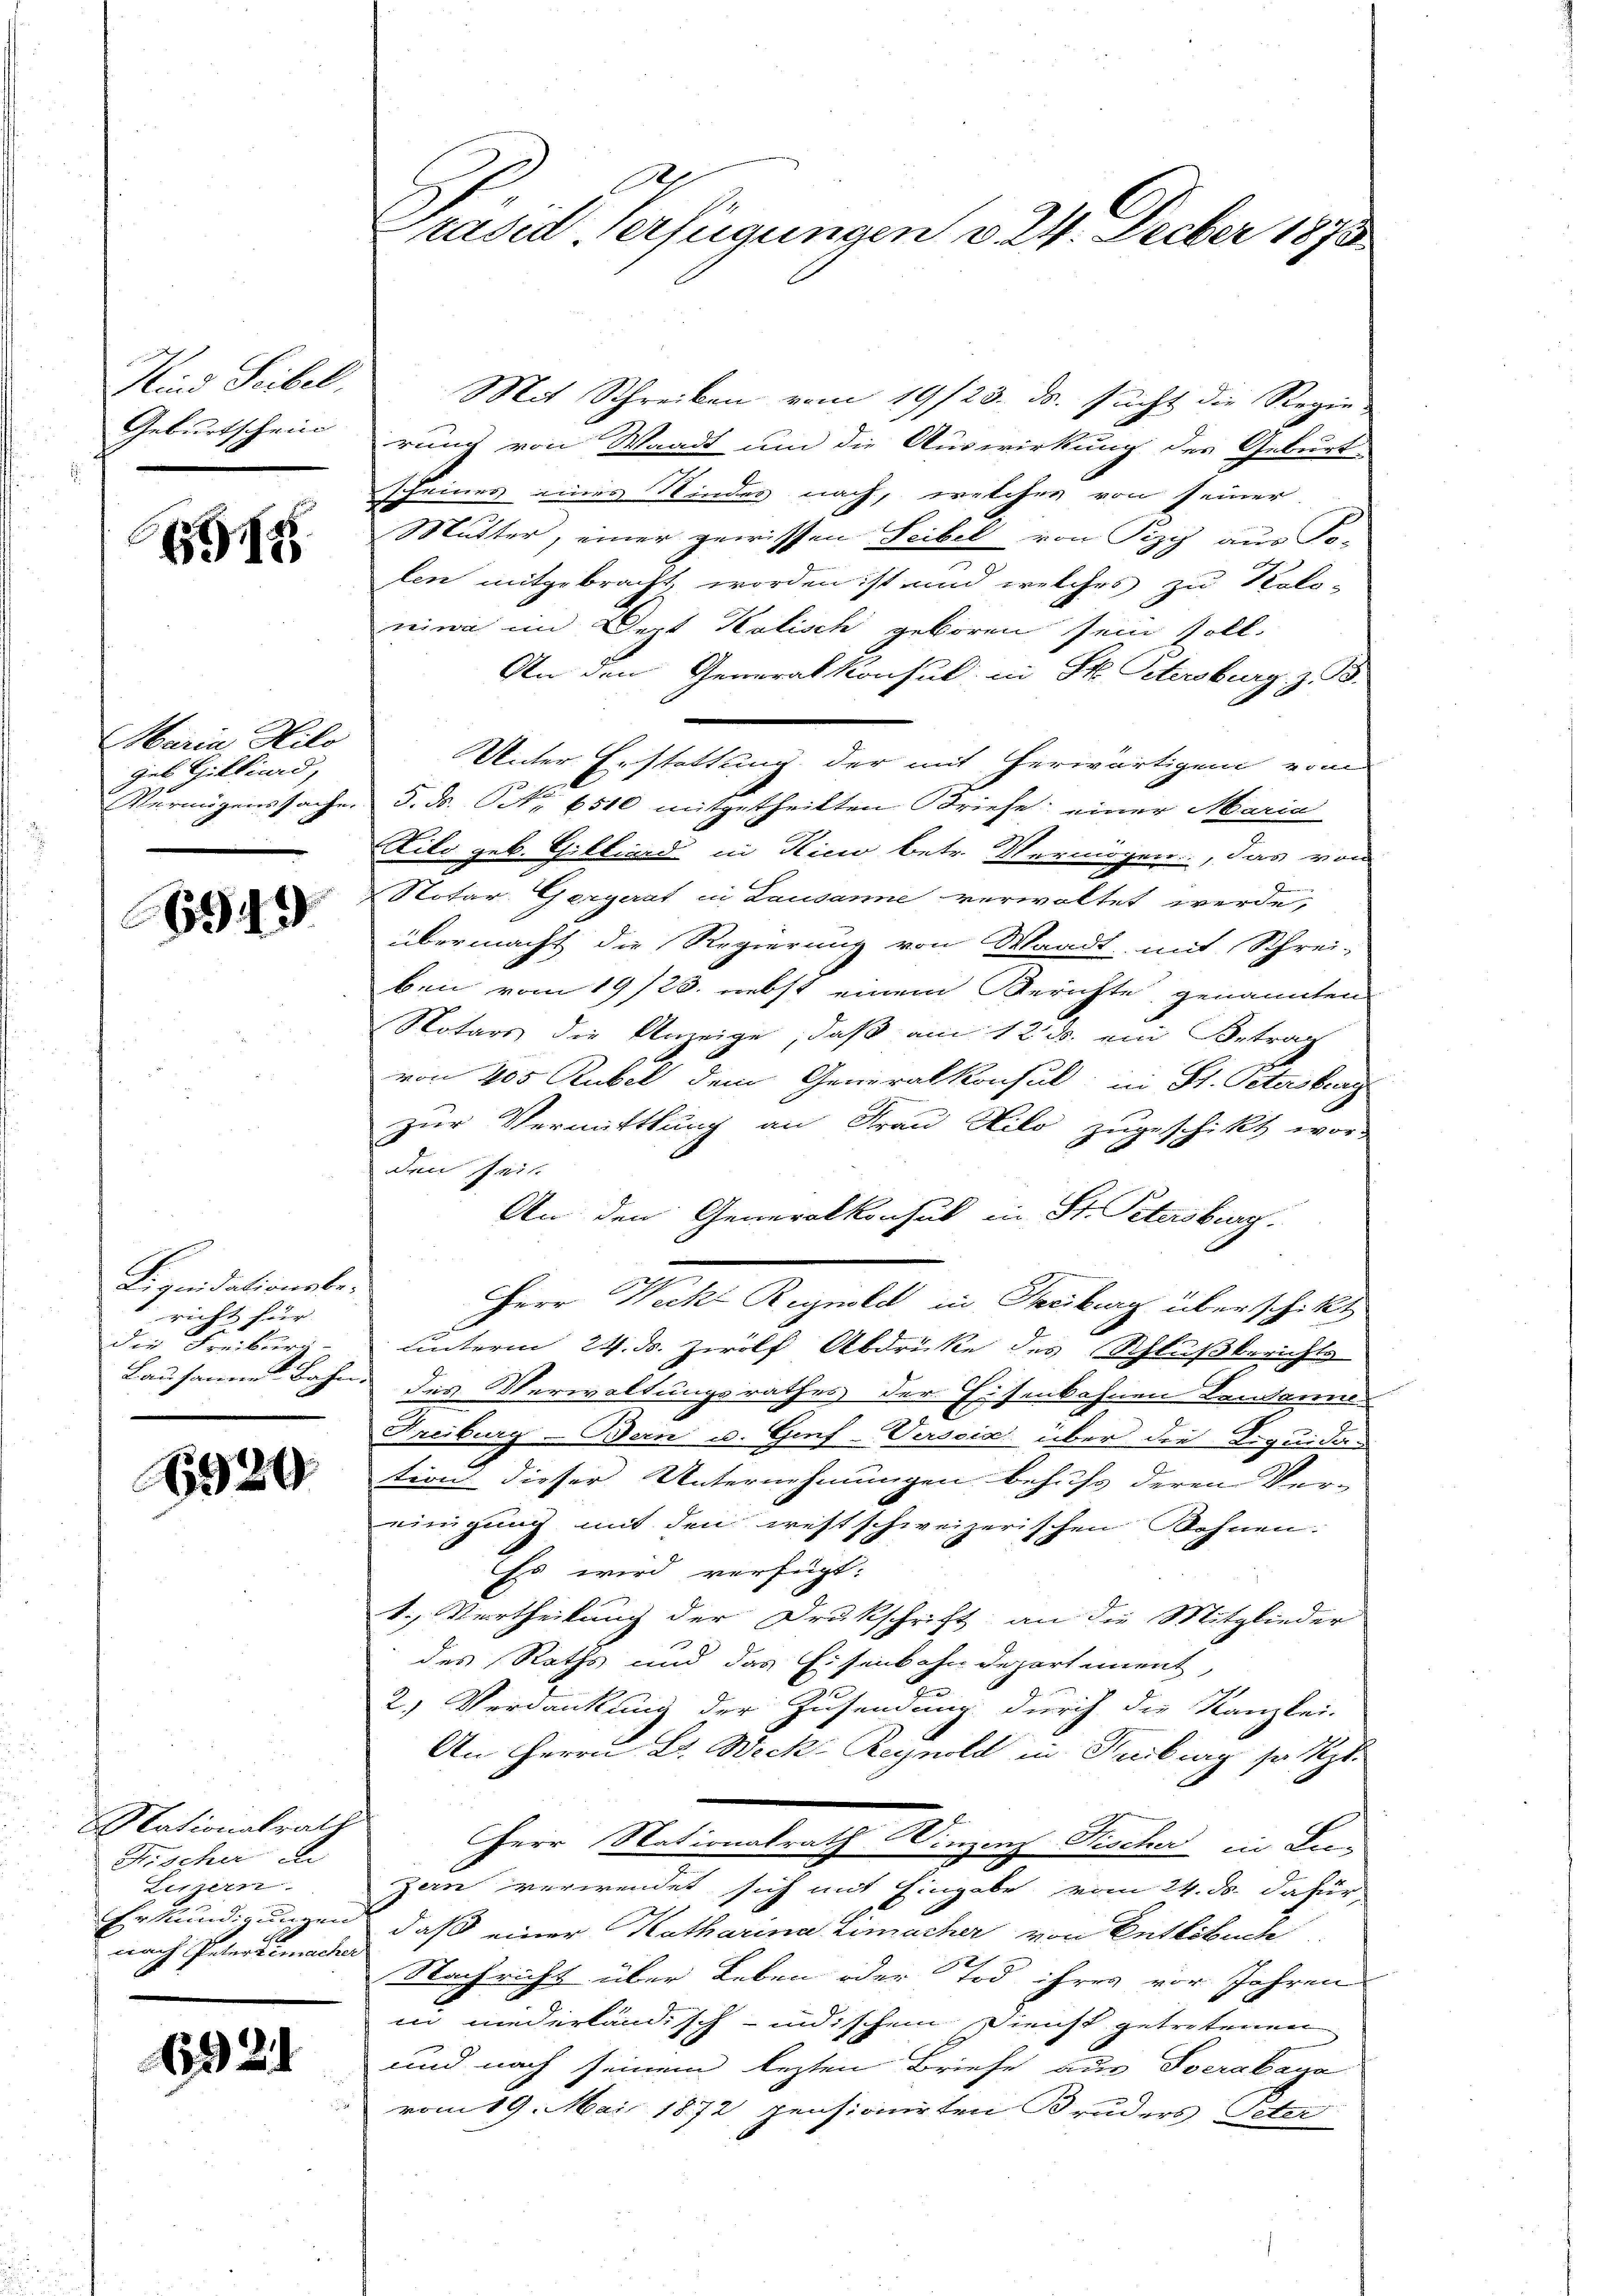
Kind Seibel,
Geburtschein

12

Maria, Hilo
geb Gilliard,
Vermögenssache.

6943

Liquidationsbericht für
die Freiburg-
Lausannes Bahn

929

Nationalrath
Fischer de
Luzern.
Erkundigungen
nach Petergemache.

6924

rased Verfügungen v. 24. Feber 1873.

Mit Schreiben vom 19/23. ds. sucht die Regie-
rung von Waadt um die Auswirkung des Geburt
Scheines eines Windes nach, welches von seiner
Mutter, einer gewissen Seibel von Pizy aus Ko-
ten mitgebracht, worden ist und welches zu Solo-
niwa im Dezt Kalisch geboren sein soll.
An den Generalkonsul in St. Petersburg z. B.
Unter Erstattung der mit herwärtigen vom
5. ds. NNo. 6510 mitgetheilten Briefe: einer Maria
Zilo geb. Gilliard in Kicio betr. Vermögen, das von
Notar Gergerat in Lausanne verwaltet werde,
übermacht die Regierung von Waadt, mit Schrei-
ben vom 19/23. nebst einem Berichte genannten
Notars die Anzeige, daß am 12. ds. ein Betrag
von 405 Rubel dem Generalkonsul in St. Peterstrag
zur Vermittlung an Frau Kilo zugeschikt wor-
den Zeit
An den Generalkonsul in St. Petersburg.
Herr Wecke Reynold in Treiburg überschikt
unterm 24. ds. Zwölf Abdrücke des Schlußberichts
des Verwaltungsrathes der Eisenbahnen Landame
Freiburg Bern u. Genf-Verscia über die Liquida-
tion dieser Unternehmungen behufs deren Ver-
einigung mit den westschweizerischen ohnen.
Es wird verfügt:
1. Vertheilung der Drukschrift an die Mitglieder
des Raths und das Eisenbahn Departement,
an
2.) Verdankung der Zusendung durch die Kanzlei-
An Herrn B. Weck-Reynold in Freiburg so z
Herr Nationalrath Winzenz Nischer in Lu-
zern verwendet sich mit Eingabe vom 24. ds. dafür
daß einer Katharina Limacher von Entlebuch
Nachricht über Leben oder Tod ihres vor Jahren
in niederländisch-indischem Dienst getretenen
und nach seinem lezten Briefe aus Sverabaya
vom 19. Mai 1872, pensionirten Bruders Peter